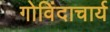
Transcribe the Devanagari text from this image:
गोविंदाचार्य